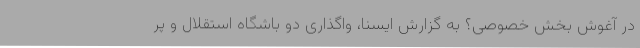
در آغوش بخش خصوصی؟ به گزارش ایسنا، واگذاری دو باشگاه استقلال و پر